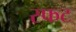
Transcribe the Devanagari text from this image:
स्फट